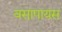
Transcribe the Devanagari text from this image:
वसापायस